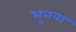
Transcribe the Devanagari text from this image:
भुनवा